Vaccination report Assam 1874-1896 - 1874-1896
Year: 1874
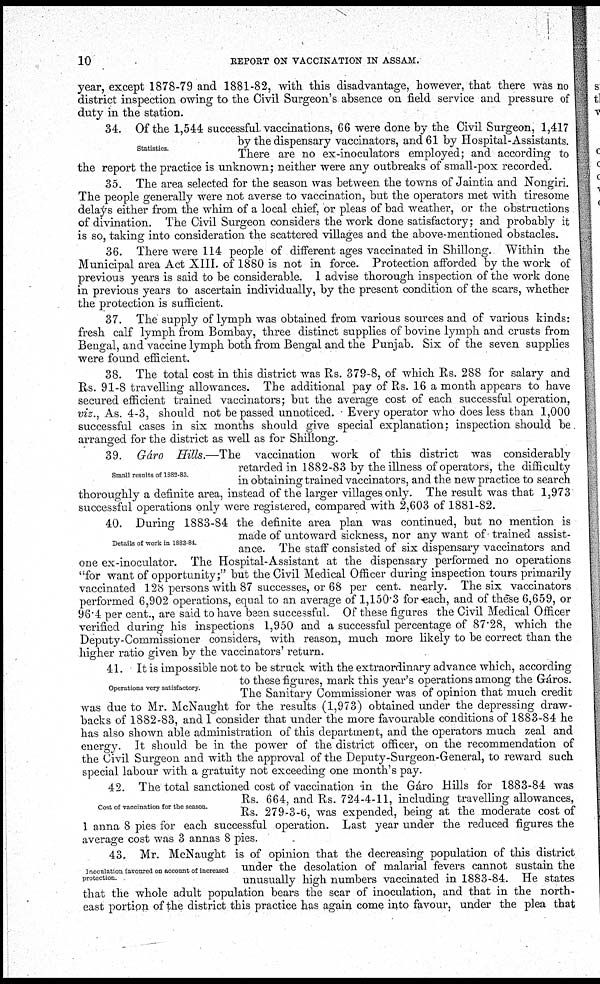
10
REPORT ON VACCINATION IN ASSAM.
year, except 1878-79 and 1881-82, with this disadvantage, however, that there was no
district inspection owing to the Civil Surgeon's absence on field service and pressure of
duty in the station.
Statistics.
34. Of the 1,544 successful vaccinations, 66 were done by the Civil Surgeon, 1,417
by the dispensary vaccinators, and 61 by Hospital-Assistants.
There are no ex-inoculators employed; and according to
the report the practice is unknown; neither were any outbreaks of small-pox recorded.
35. The area selected for the season was between the towns of Jaintia and Nongiri.
The people generally were not averse to vaccination, but the operators met with tiresome
delays either from the whim of a local chief, or pleas of bad weather, or the obstructions
of divination. The Civil Surgeon considers the work done satisfactory; and probably it
is so, taking into consideration the scattered villages and the above-mentioned obstacles.
36. There were 114 people of different ages vaccinated in Shillong. Within the
Municipal area Act XIII. of 1880 is not in force. Protection afforded by the work of
previous years is said to be considerable. I advise thorough inspection of the work done
in previous years to ascertain individually, by the present condition of the scars, whether
the protection is sufficient.
37. The supply of lymph was obtained from various sources and of various kinds:
fresh calf lymph from Bombay, three distinct supplies of bovine lymph and crusts from
Bengal, and vaccine lymph both from Bengal and the Punjab. Six of the seven supplies
were found efficient.
38. The total cost in this district was Rs. 379-8, of which Rs. 288 for salary and
Rs. 91-8 travelling allowances. The additional pay of Rs. 16 a month appears to have
secured efficient trained vaccinators; but the average cost of each successful operation,
viz., As. 4-3, should not be passed unnoticed. Every operator who does less than 1,000
successful cases in six months should give special explanation; inspection should be
arranged for the district as well as for Shillong.
Small results of 1882-83
39. Gáro Hills.—The vaccination work of this district was considerably
retarded in 1882-83 by the illness of operators, the difficulty
in obtaining trained vaccinators, and the new practice to search
thoroughly a definite area, instead of the larger villages only. The result was that 1,973
successful operations only were registered, compared with 2,603 of 1881-82.
Details of work in 1883-84.
40. During 1883-84 the definite area plan was continued, but no mention is
made of untoward sickness, nor any want of trained assist-
ance. The staff consisted of six dispensary vaccinators and
one ex-inoculator. The Hospital-Assistant at the dispensary performed no operations
"for want of opportunity;" but the Civil Medical Officer during inspection tours primarily
vaccinated 128 persons with 87 successes, or 68 per cent. nearly. The six vaccinators
performed 6,902 operations, equal to an average of 1,150.3 for each, and of these 6,659, or
96.4 per cent., are said to have been successful. Of these figures the Civil Medical Officer
verified during his inspections 1,950 and a successful percentage of 87.28, which the
Deputy-Commissioner considers, with reason, much more likely to be correct than the
higher ratio given by the vaccinators' return.
Operations very satisfactory
41. It is impossible not to be struck with the extraordinary advance which, according
to these figures, mark this year's operations among the Gáros.
The Sanitary Commissioner was of opinion that much credit
was due to Mr. McNaught for the results (1,973) obtained under the depressing draw-
backs of 1882-83, and I consider that under the more favourable conditions of 1883-84 he
has also shown able administration of this department, and the operators much zeal and
energy. It should be in the power of the district officer, on the recommendation of
the Civil Surgeon and with the approval of the Deputy-Surgeon-General, to reward such
special labour with a gratuity not exceeding one month's pay.
Cost of vaccination for the season.
42. The total sanctioned cost of vaccination in the Gáro Hills for 1883-84 was
Rs. 664, and Rs. 724-4-11, including travelling allowances,
Rs. 279-3-6, was expended, being at the moderate cost of
1 anna 8 pies for each successful operation. Last year under the reduced figures the
average cost was 3 annas 8 pies.
Inoculation favoured on account of increased
protection
43. Mr. McNaught is of opinion that the decreasing population of this district
under the desolation of malarial fevers cannot sustain the
unusually high numbers vaccinated in 1883-84. He states
that the whole adult population bears the scar of inoculation, and that in the north-
east portion of the district this practice has again come into favour, under the plea that